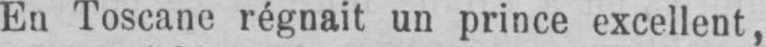
En Toscane régnait un prince excellent,